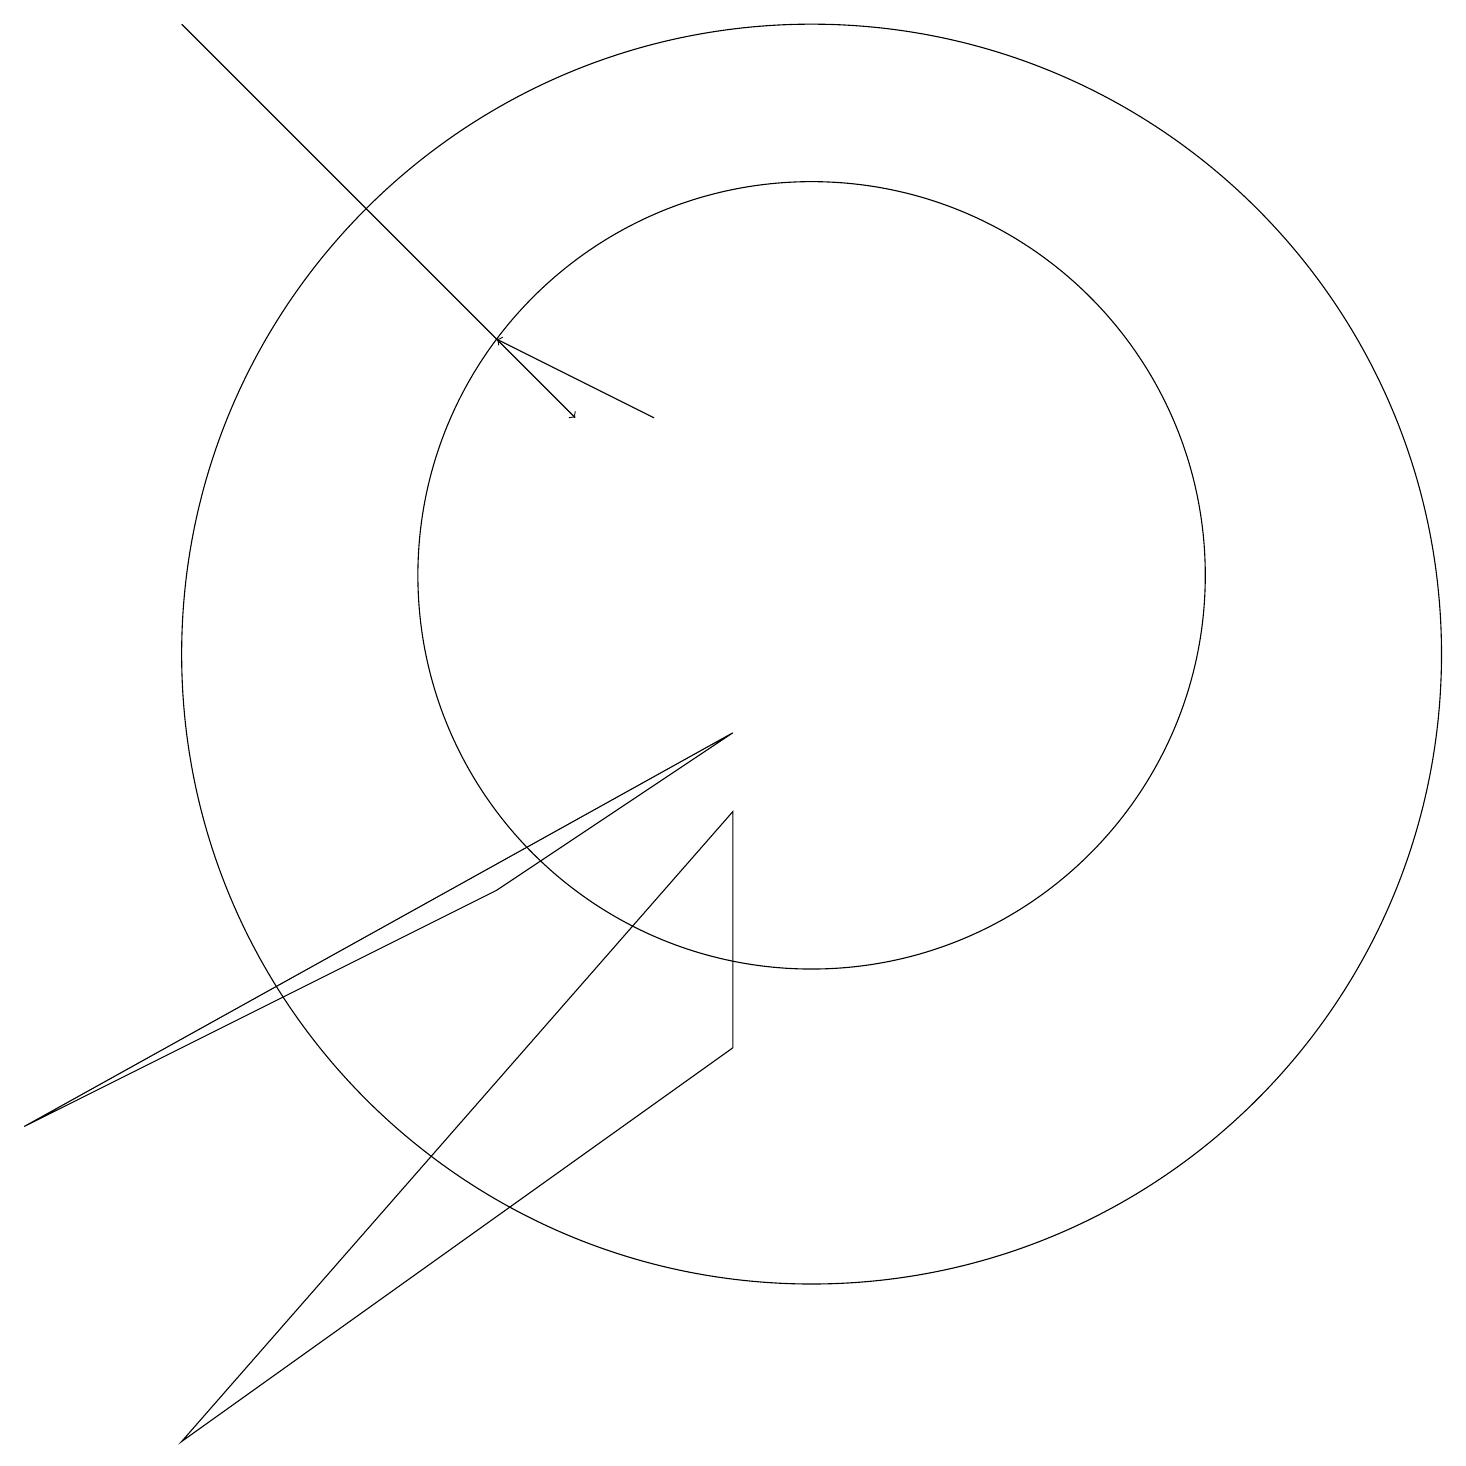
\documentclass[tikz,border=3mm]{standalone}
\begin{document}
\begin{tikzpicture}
\draw (9,9) -- (0,4) -- (6,7) -- cycle;
\draw (10,11) circle (5);
\draw (10,10) circle (8);
\draw[->] (8,13) -- (6,14);
\draw[->] (2,18) -- (7,13);
\draw (2,0) -- (9,8) -- (9,5) -- cycle;
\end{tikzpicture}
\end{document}